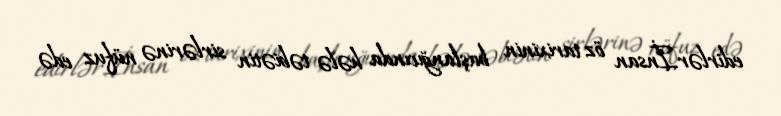
edirlər.İnsan öz tarixinin başlanğıcında hələ təbiətin sirlərinə nüfuz edə